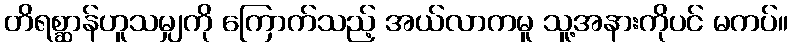
တိရစ္ဆာန်ဟူသမျှကို ကြောက်သည့် အယ်လာကမူ သူ့အနားကိုပင် မကပ်။